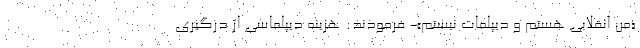
«من انقلابي هستم و ديپلمات نيستم»- فرمودند: هزينه ديپلماسي از درگيري